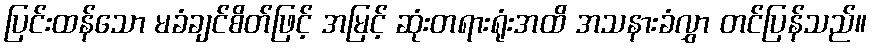
ပြင်းထန်သော မခံချင်စိတ်ဖြင့် အမြင့် ဆုံးတရားရုံးအထိ အသနားခံလွှာ တင်ပြန်သည်။